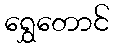
ရွှေတောင်